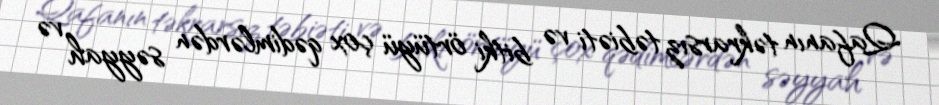
Qafanın təkrarsız təbiəti və bitki örtüyü çox qədimlərdən səyyah və